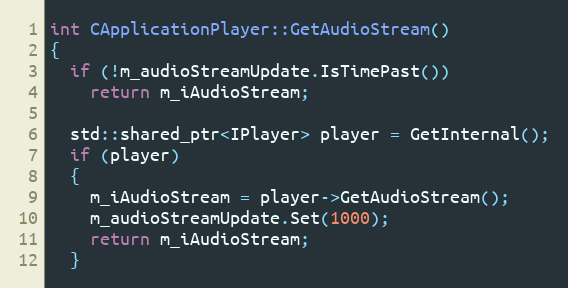
Language: C++
int CApplicationPlayer::GetAudioStream()
{
  if (!m_audioStreamUpdate.IsTimePast())
    return m_iAudioStream;

  std::shared_ptr<IPlayer> player = GetInternal();
  if (player)
  {
    m_iAudioStream = player->GetAudioStream();
    m_audioStreamUpdate.Set(1000);
    return m_iAudioStream;
  }